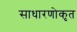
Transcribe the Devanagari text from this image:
साधारणोकृत